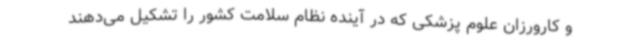
و کارورزان علوم پزشکی که در آینده نظام سلامت کشور را تشکیل می‌دهند